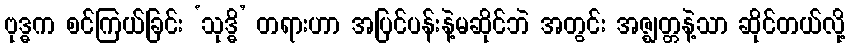
ဗုဒ္ဓက စင်ကြယ်ခြင်း ‘သုဒ္ဓိ’ တရားဟာ အပြင်ပန်းနဲ့မဆိုင်ဘဲ အတွင်း အဇ္ဈတ္တနဲ့သာ ဆိုင်တယ်လို့